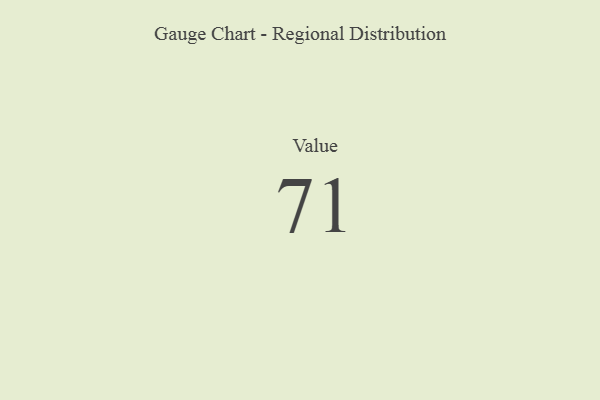
{"axis": {"x": "Metric", "y": "Value"}, "legend": [""], "data": [{"x": "Value", "y": 71, "type": ""}]}